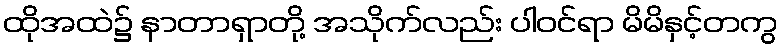
ထိုအထဲ၌ နာတာရှာတို့ အသိုက်လည်း ပါဝင်ရာ မိမိနှင့်တကွ